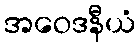
အဝေဒနီယံ